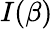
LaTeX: I(\beta)